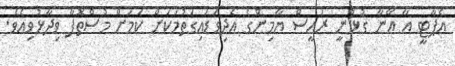
އެޕާޓީ އާ އޭނާ ގުޅުނީ ރައީސް ޔާމިންގެ އެދިވަޑައިގަތުމަކަށް ކަމަށް މުސްތޮފާ ވިދާޅުވިއެވެ.